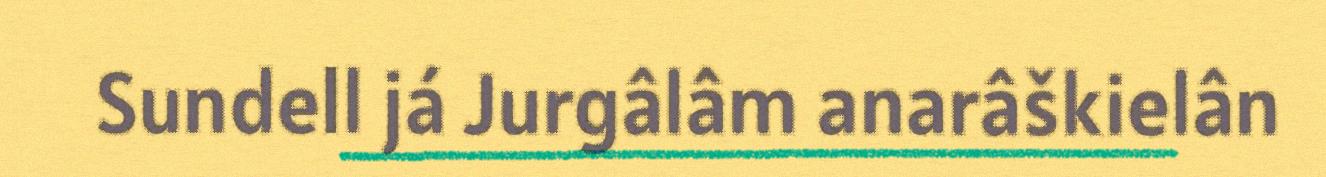
Sundell já Jurgâlâm anarâškielân